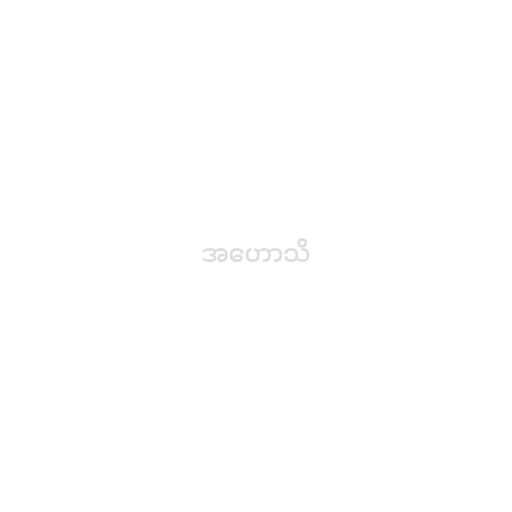
အဟောသိ